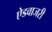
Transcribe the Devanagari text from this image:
ऐडवाजरी